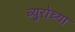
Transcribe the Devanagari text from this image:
ब्युरोच्या